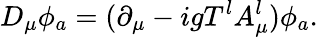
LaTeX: D_{\mu}\phi_{a}=(\partial_{\mu}-igT^{l}A_{\mu}^{l})\phi_{a}.